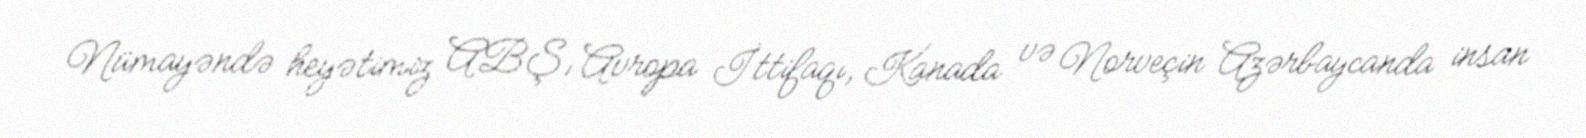
Nümayəndə heyətimiz ABŞ, Avropa İttifaqı, Kanada və Norveçin Azərbaycanda insan